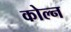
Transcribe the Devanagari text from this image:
कोल्न